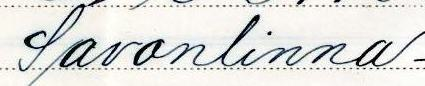
Savonlinna